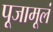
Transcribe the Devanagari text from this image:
पूजामूलं